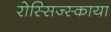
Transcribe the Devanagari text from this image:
रोस्सिज्स्काया